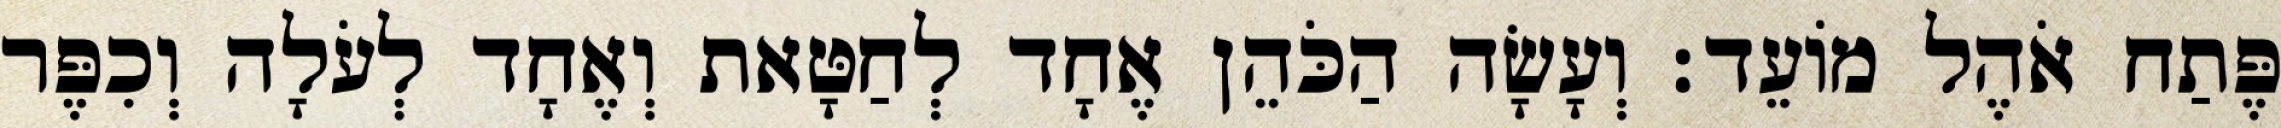
פֶּתַח אֹהֶל מוֹעֵד׃ וְעָשָׂה הַכֹּהֵן אֶחָד לְחַטָּאת וְאֶחָד לְעֹלָה וְכִפֶּר